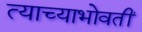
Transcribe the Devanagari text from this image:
त्याच्याभोवतीं